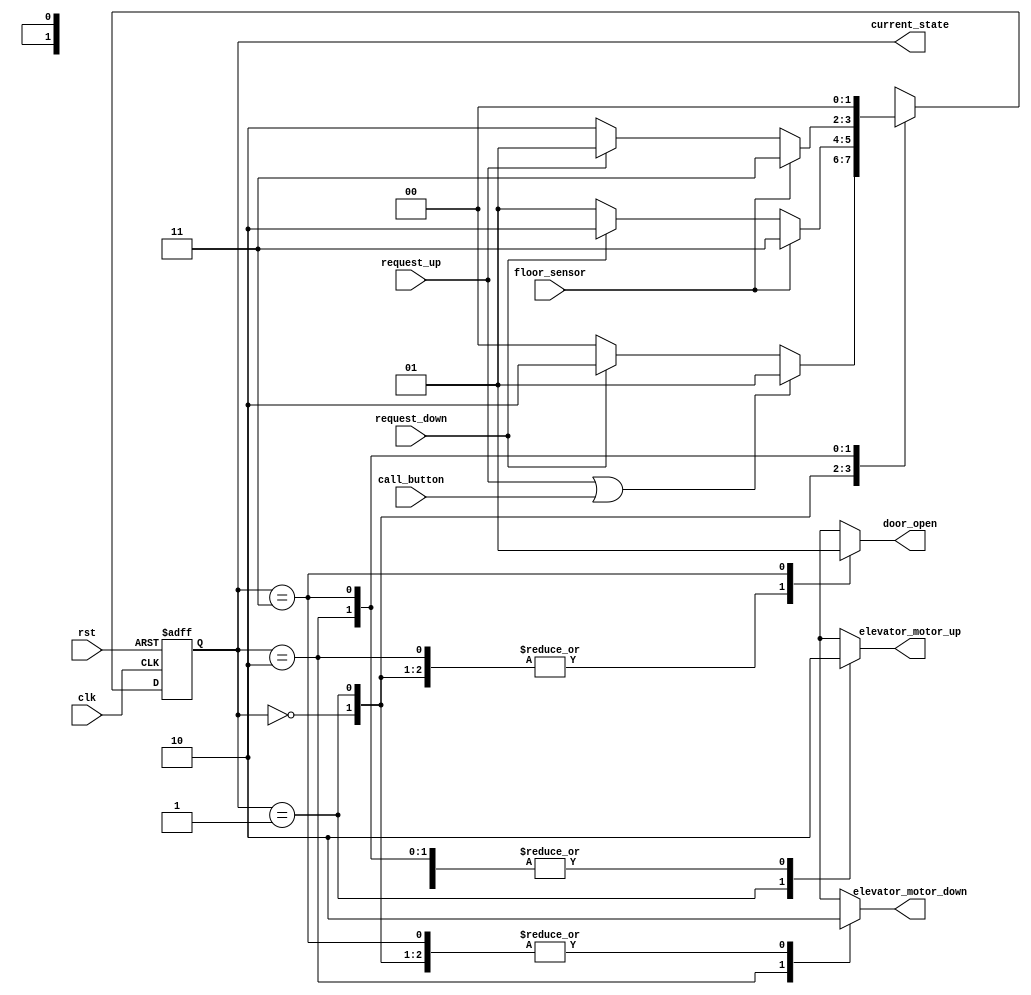
module ElevatorControl (
    input wire clk,
    input wire rst,                // Reset signal
    input wire request_up,         // Request to go up
    input wire request_down,       // Request to go down
    input wire floor_sensor,       // Indicates current floor reached
    input wire call_button,         // Request from a floor
    output reg elevator_motor_up,  // Motor control up
    output reg elevator_motor_down, // Motor control down
    output reg door_open,          // Door control signal
    output reg [1:0] current_state // Current state indicator
);

    // State Encoding
    parameter IDLE         = 2'b00;
    parameter MOVING_UP    = 2'b01;
    parameter MOVING_DOWN  = 2'b10;
    parameter DOOR_OPEN     = 2'b11;

    // State Variable
    reg [1:0] next_state;

    // Sequential Logic - State Register
    always @(posedge clk or posedge rst) begin
        if (rst)
            current_state <= IDLE;
        else
            current_state <= next_state;
    end

    // Combinational Logic - Next State Logic
    always @* begin
        case (current_state)
            IDLE: begin
                if (request_up || call_button) 
                    next_state = MOVING_UP;
                else if (request_down)
                    next_state = MOVING_DOWN;
                else
                    next_state = IDLE;
            end

            MOVING_UP: begin
                if (floor_sensor) 
                    next_state = DOOR_OPEN;
                else if (request_down)
                    next_state = MOVING_DOWN;
                else 
                    next_state = MOVING_UP;
            end

            MOVING_DOWN: begin
                if (floor_sensor) 
                    next_state = DOOR_OPEN;
                else if (request_up)
                    next_state = MOVING_UP;
                else 
                    next_state = MOVING_DOWN;
            end
            
            DOOR_OPEN: begin
                next_state = IDLE; // Transition back to IDLE after doors are opened
            end
            
            default: next_state = IDLE; // Default safety case
        endcase
    end

    // Output Logic
    always @* begin
        // Default output values
        elevator_motor_up = 0;
        elevator_motor_down = 0;
        door_open = 0;
        
        case (current_state)
            IDLE: begin
                // Doors closed, motor off
                door_open = 0;
            end
            
            MOVING_UP: begin
                elevator_motor_up = 1; // Motor moves up
                door_open = 0; // Doors remain closed
            end
            
            MOVING_DOWN: begin
                elevator_motor_down = 1; // Motor moves down
                door_open = 0; // Doors remain closed
            end
            
            DOOR_OPEN: begin
                door_open = 1; // Open doors
                elevator_motor_up = 0; // Motor off
                elevator_motor_down = 0; // Motor off
            end
        endcase
    end
    
endmodule